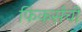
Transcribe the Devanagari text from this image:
फिकर्सची